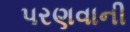
પરણવાની